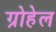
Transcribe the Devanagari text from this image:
ग्रोहेल